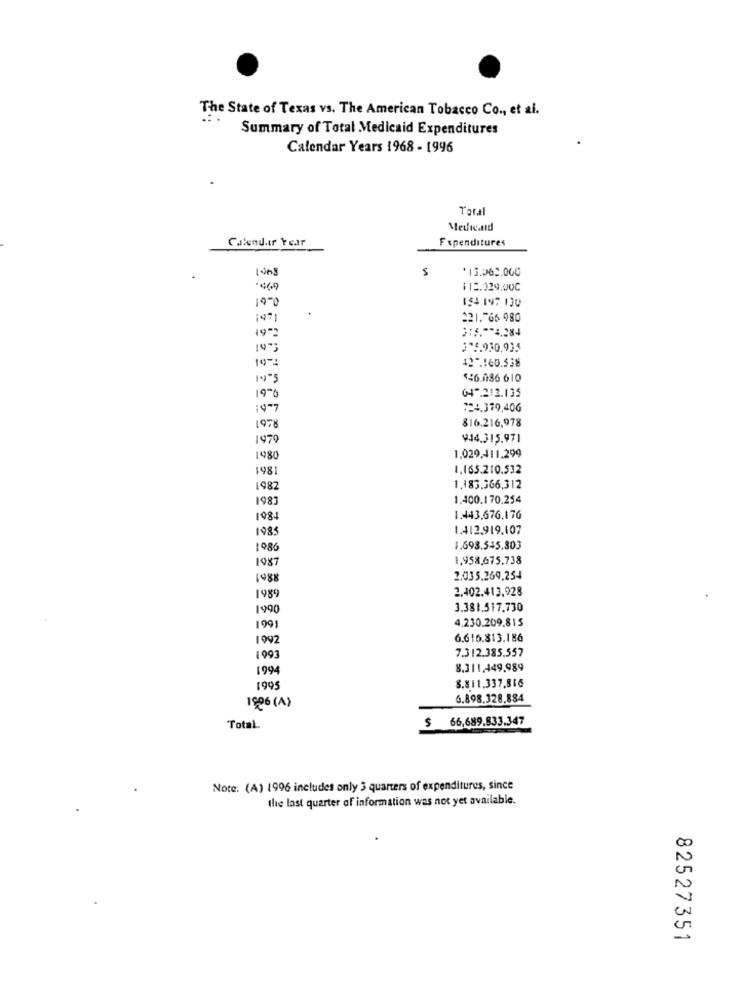
The State of Texas vs. The American Tobacco Co ., et al.
Summary of Total Medicaid Expenditures
Calendar Years 1968 - 1996
Taral
Medicald
Calendar Year
Fupenditures
5
*13.262.000
112.029,00C
19-
154 197 130
221.766 980
19.
3:6.7-8,284
14:
3^2.930.935
42" .: 60.538
19-2
$46.086 610
04 -. 212.135
196
4 -7
724.379,406
816.216,978
1978
944.315.971
1.029,411.299
980
981
1.165.210.532
982
1.183.366.312
983
1.400.170.254
984
1.443.676,176
1985
1.412.919,107
1986
1.693.545.803
1987
1.958.675.738
1988
2.035.269.254
2.402.413,928
1989
1990
3.381.517.730
4.230.209,815
1991
1992
6.616.813.186
7.312.385.557
1993
1994
8.311,449,989
3.811.337.816
1995
6.898.328.884
1906 (A)
$ 66,689.833.347
Total
Note: (A) 1996 includes only 3 quarters of expenditures, since
the last quarter of information was not yet available.
82527351